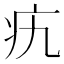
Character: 𤴦